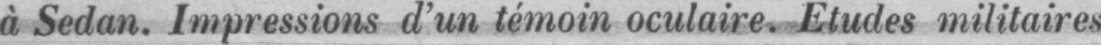
à Sedan. Impressions d’un témoin oculaire. Etudes militaires